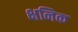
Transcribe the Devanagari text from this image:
क्षनिक